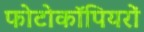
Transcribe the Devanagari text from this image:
फोटोकॉपियरों